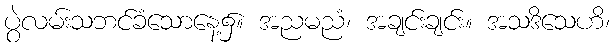
ပွဲလမ်းသဘင်ခံသောနေ့၌။ အညမညံ၊ အချင်းချင်း။ အသဒိသေဟိ၊